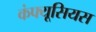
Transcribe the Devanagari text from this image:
कंफ्यूसियस